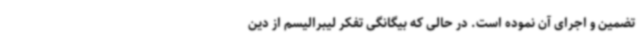
تضمین و اجرای آن نموده است. در حالی که بیگانگی تفکر لیبرالیسم از دین